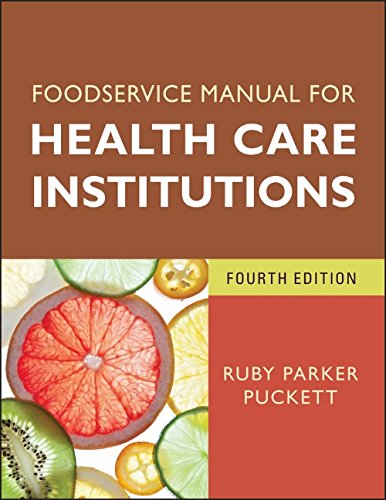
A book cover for Foodservice Manual for Health Care Institutions (J-B AHA Press); Ruby Parker Puckett; Cookbooks, Food & Wine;